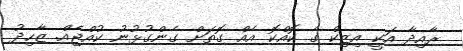
ރާއިދާ އަކީ އިޒިކް ގެ ކޮއްކޮ އެއް ގޮތަށް ގެންގުޅުނު ކުއްޖެއް. ޒާހިދު